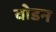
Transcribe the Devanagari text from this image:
वोडन